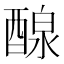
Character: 𨡹